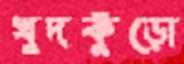
খুদকুঁড়ো